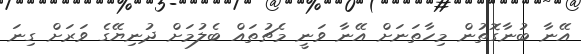
އޭނާ ބުނާގޮތުން މިހާތަނަށް އޭނާ ވަނީ މެޗުތައް ބެލުމަށް ދުނިޔޭގެ ވަރަށް ގިނަ